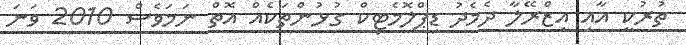
ތުރުކީ އާއި އިޒްރޭލާ ދެމެދު ޑިޕްލޮމެޓިކް ގުޅުންތަކެއް އޮތް ނަމަވެސް 2010 ވަނަ